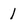
Character: 1